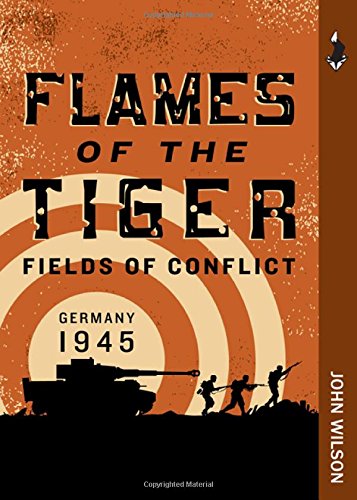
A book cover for Flames of the Tiger: Germany, 1945 (Fields of Conflict); John Wilson; Teen & Young Adult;